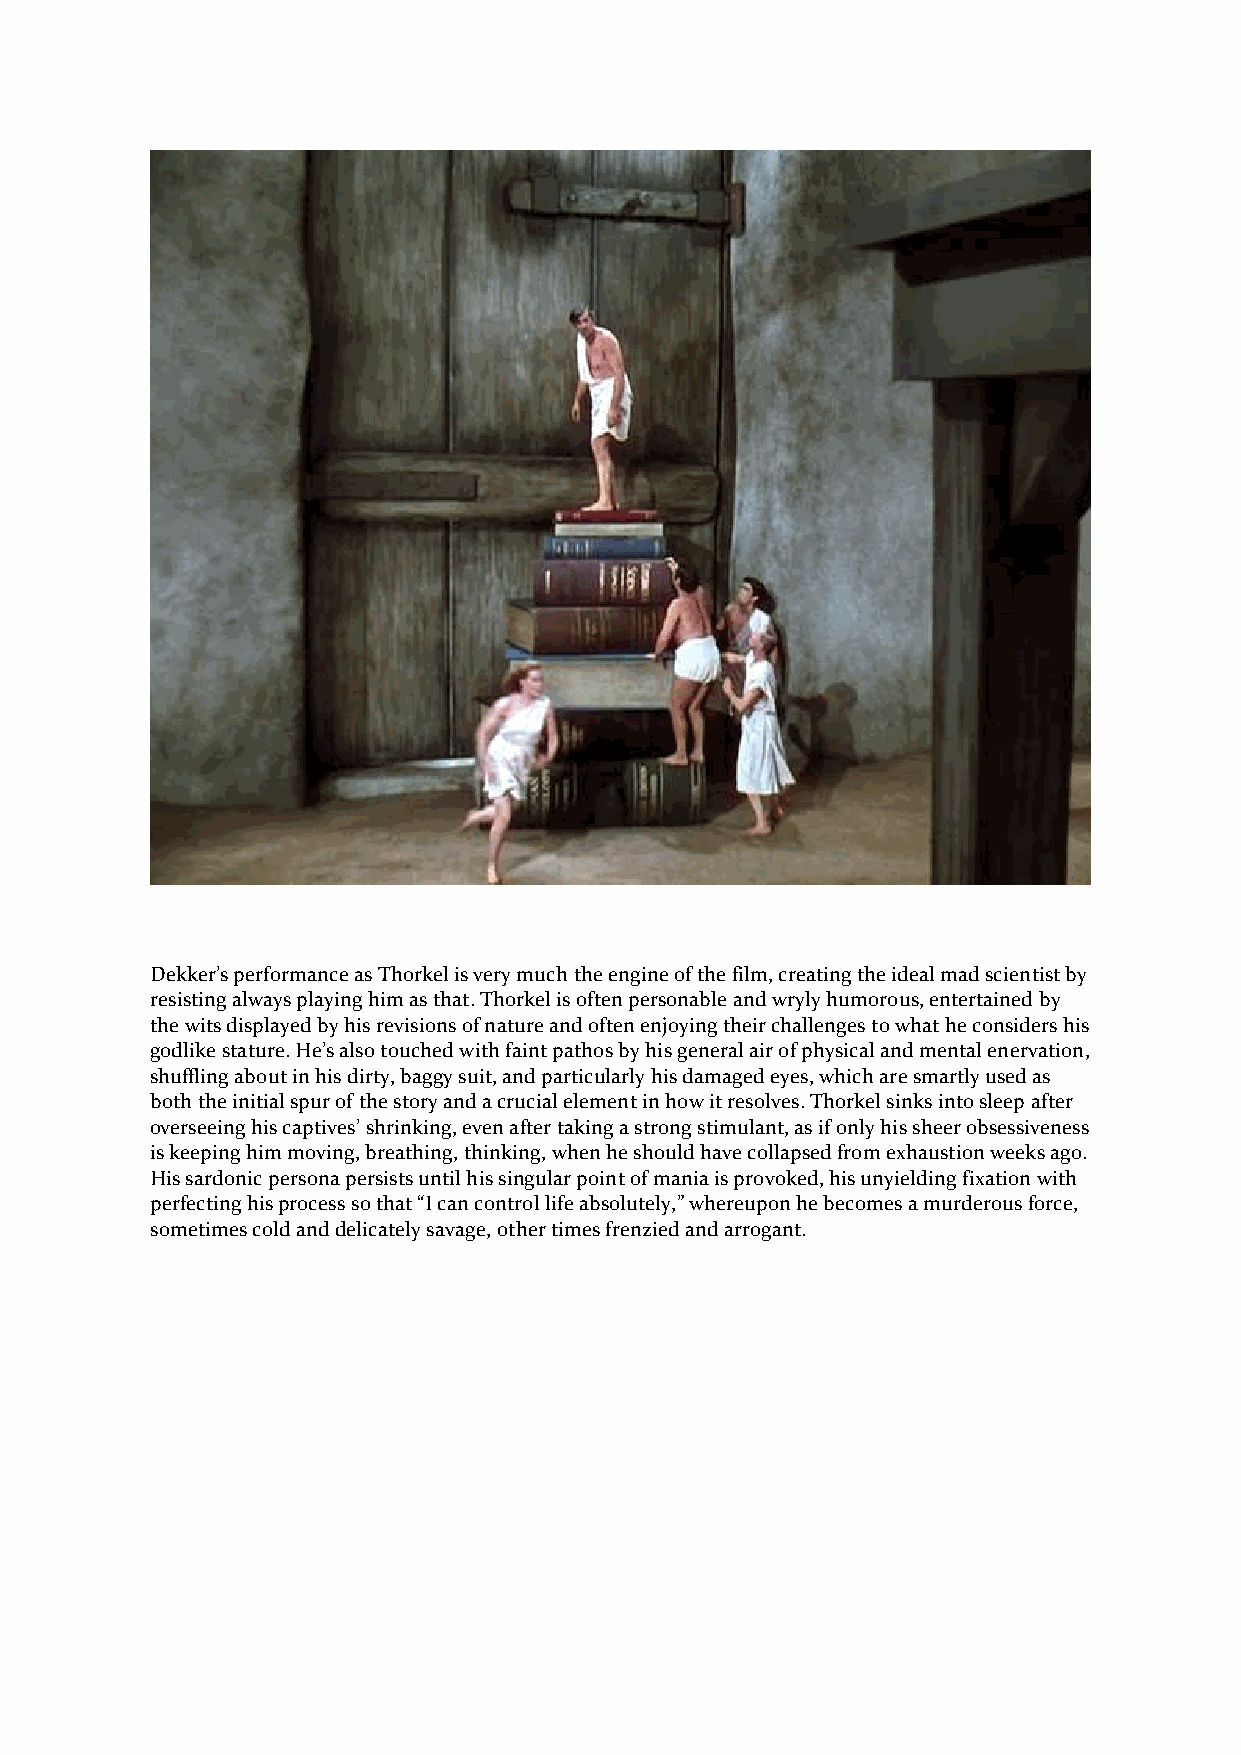
Dekker’s performance as Thorkel is very much the engine of the film, creating the ideal mad scientist by
 resisting always playing him as that. Thorkel is often personable and wryly humorous, entertained by
 the wits displayed by his revisions of nature and often enjoying their challenges to what he considers his
 godlike stature. He’s also touched with faint pathos by his general air of physical and mental enervation,
 shuffling about in his dirty, baggy suit, and particularly his damaged eyes, which are smartly used as
 both the initial spur of the story and a crucial element in how it resolves. Thorkel sinks into sleep after
 overseeing his captives’ shrinking, even after taking a strong stimulant, as if only his sheer obsessiveness
 is keeping him moving, breathing, thinking, when he should have collapsed from exhaustion weeks ago.
 His sardonic persona persists until his singular point of mania is provoked, his unyielding fixation with
 perfecting his process so that “I can control life absolutely,” whereupon he becomes a murderous force,
 sometimes cold and delicately savage, other times frenzied and arrogant.